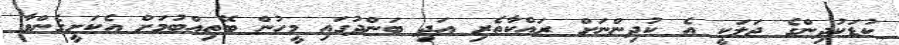
ކުޑަކުދިންގެ ޖަލަކީ އެ ކުދިންނަށް ރައްކާތެރި އަދި ބަންދުގައި މީހުން ބޭތިއްބުމަށް އެކަށީގެންވާ